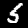
Digit: 5